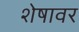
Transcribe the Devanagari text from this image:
शेषावर